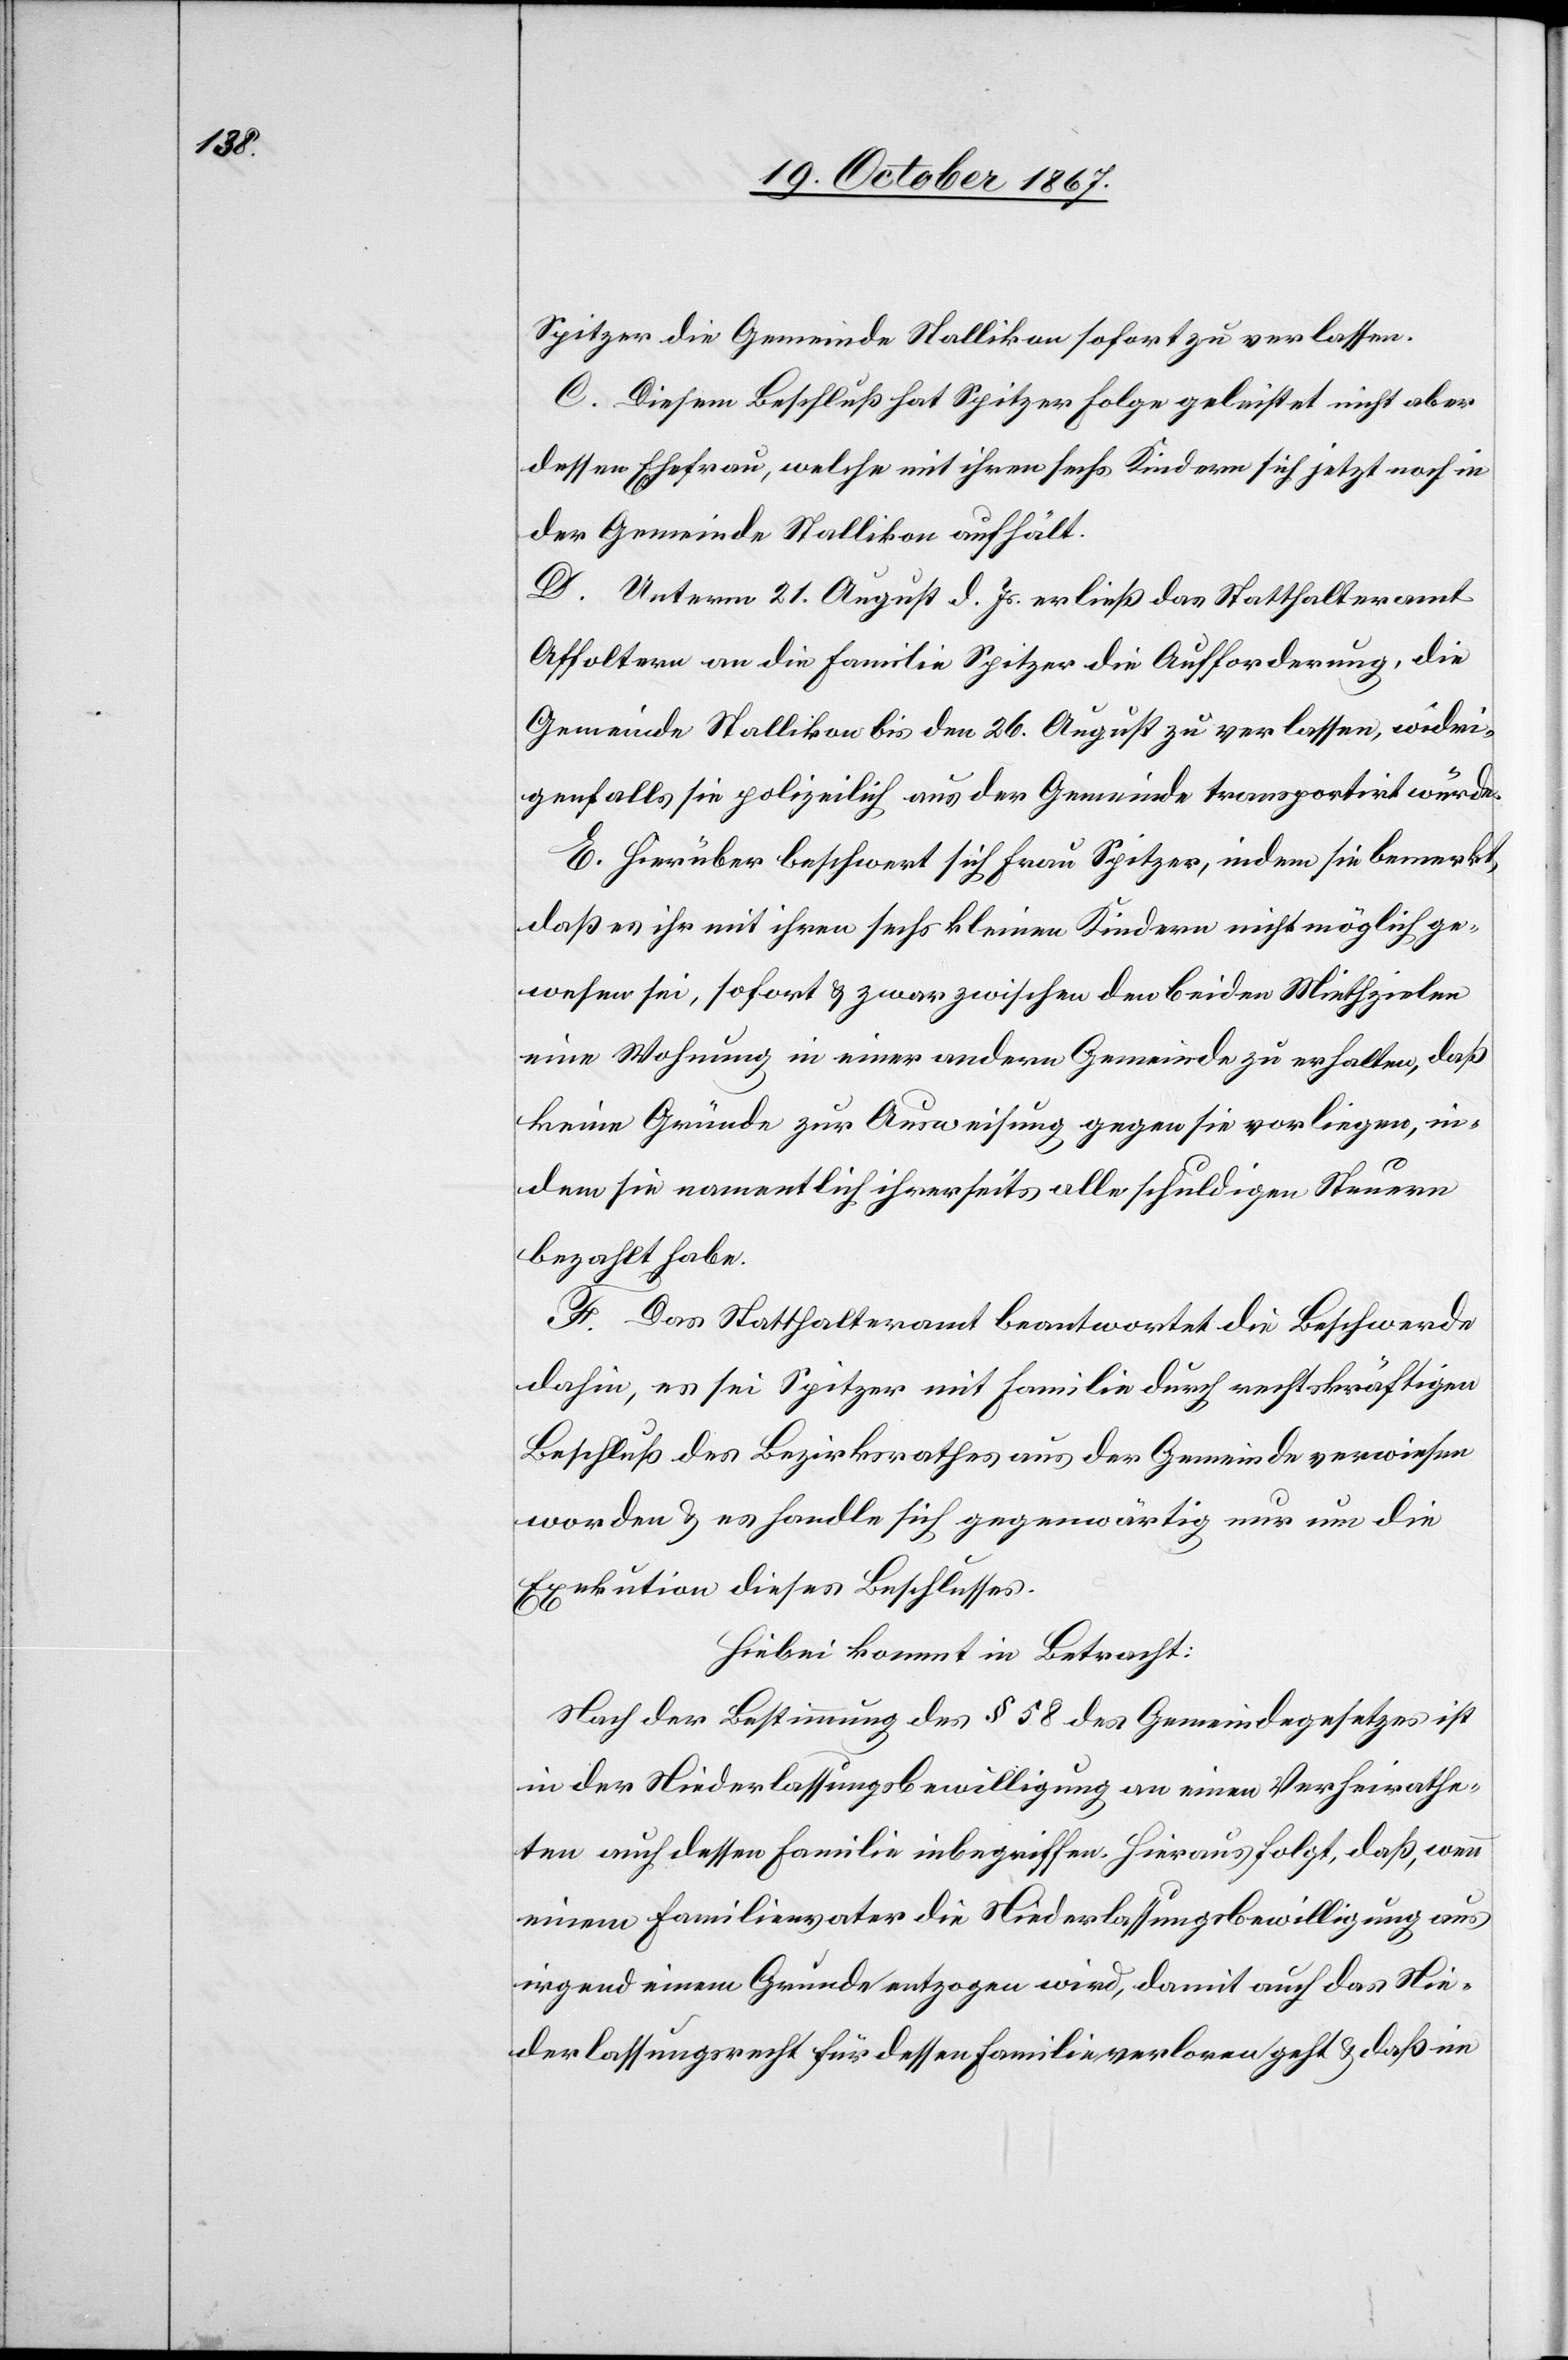
Spitzer die Gemeinde Stallikon sofort zu verlassen.
C. Diesem Beschluß hat Spitzer Folge geleistet nicht aber
dessen Ehefrau, welche mit ihren sechs Kindern sich jetzt noch in
der Gemeinde Stallikon aufhält.
D. Unterm 21. August d. Js. erließ das Statthalteramt
Affoltern an die Familie Spitzer die Aufforderung, die
Gemeinde Stallikon bis den 26. August zu verlassen, widri¬
genfalls sie polizeilich aus der Gemeinde transportirt würden.
E. Hierüber beschwert sich Frau Spitzer, indem sie bemerkt,
daß es ihr mit ihren sechs kleinen Kindern nicht möglich ge¬
wesen sei, sofort u. zwar zwischen den beiden Miethzielen
eine Wohnung in einer andern Gemeinde zu erhalten, daß
keine Gründe zur Ausweisung gegen sie vorliegen, in¬
dem sie namentlich ihrerseits alle schuldigen Steuern
bezahlt habe.
F. Das Statthalteramt beantwortet die Beschwerde
dahin, es sei Spitzer mit Familie durch rechtskräftigen
Beschluß des Bezirksrathes aus der Gemeinde verwiesen
worden u. es handle sich gegenwärtig nur um die
Exekution dieses Beschlusses.
Hiebei kommt in Betracht:
Nach der Bestimmung des § 58 des Gemeindesgesetzes ist
in der Niederlassungsbewilligung an einen Verheirathe¬
ten auch dessen Familie inbegriffen. Hieraus folgt, daß, wenn
einem Familienvater die Niederlassungsbewilligung aus
irgend einem Grunde entzogen wird, damit auch das Nie¬
derlassungsrecht für dessen Familie verloren geht u. daß im